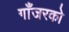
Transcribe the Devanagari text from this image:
गाँजरको